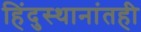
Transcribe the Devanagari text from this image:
हिंदुस्थानांतही